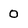
Character: 0